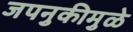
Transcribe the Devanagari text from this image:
जपनुकीमुळे